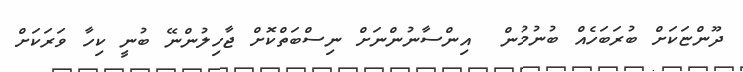
ދޫންޏަކަށް ބުރަބަހެއް ބުނުމުން  އިންސާނުންނަށް ނިސްބަތްކޮށް ޖާހިލުންނޭ ބުނީ ކިހާ ވަރަކަށް